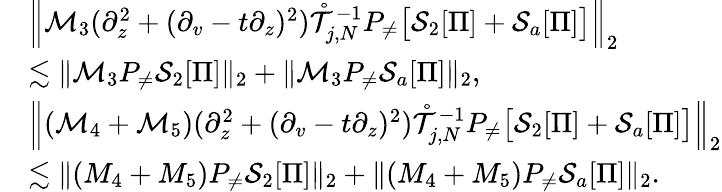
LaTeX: \begin{array}{rl}&{\left\| \mathcal{M}_{3}(\partial_{z}^{2}+(\partial_{v}-t\partial_{z})^{2})\mathring{\mathcal{T}}_{j,N}^{-1}P_{\neq}\big[\mathcal{S}_{2}[\Pi]+\mathcal{S}_{a}[\Pi]\big]\right\| _{2}}\\ &{\lesssim\| \mathcal{M}_{3}P_{\neq}\mathcal{S}_{2}[\Pi]\| _{2}+\| \mathcal{M}_{3}P_{\neq}\mathcal{S}_{a}[\Pi]\| _{2},}\\ &{\left\| (\mathcal{M}_{4}+\mathcal{M}_{5})(\partial_{z}^{2}+(\partial_{v}-t\partial_{z})^{2})\mathring{\mathcal{T}}_{j,N}^{-1}P_{\neq}\big[\mathcal{S}_{2}[\Pi]+\mathcal{S}_{a}[\Pi]\big]\right\| _{2}}\\ &{\lesssim\| (M_{4}+M_{5})P_{\neq}\mathcal{S}_{2}[\Pi]\| _{2}+\| (M_{4}+M_{5})P_{\neq}\mathcal{S}_{a}[\Pi]\| _{2}.}\end{array}